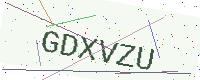
Text: GDXVZU